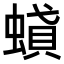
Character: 𧎢